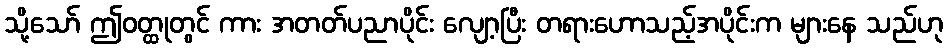
သို့သော် ဤဝတ္ထုတွင် ကား အတတ်ပညာပိုင်း လျော့ပြီး တရားဟောသည့်အပိုင်းက များနေ သည်ဟု